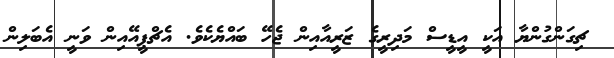
ޗިގަންގުންޔާ އަކީ އީޑީސް މަދިރީގެ ޒަރީއާއިން ޖެހޭ ބައްްޔެކެވެ. އެޗްޕީއޭއިން ވަނީ އެބަލިން